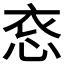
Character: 𪫳